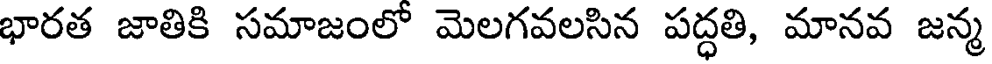
భారత జాతికి సమాజంలో మెలగవలసిన పద్ధతి, మానవ జన్మ